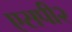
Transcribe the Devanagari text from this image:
एसपी२